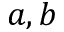
a , b